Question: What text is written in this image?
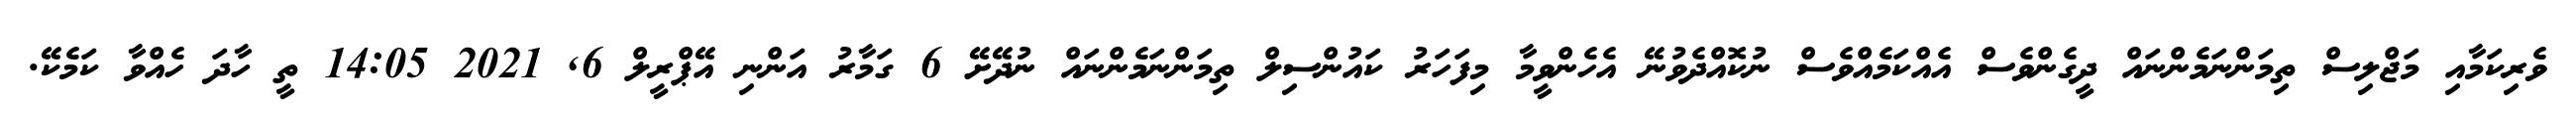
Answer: ވެރިކަމާއި މަޖްލިސް ތިމަންނަމެންނައް ދީގެންވެސް އެއްކަމެއްވެސް ނުކޮއްދެވުނޭ އެހެންވީމާ މިފަހަރު ކައުންސިލް ތިމަންނަމެންނައް ނުދޭށޭ 6 ގަމާރު އަންނި އޭޕްރީލް 6, 2021 14:05 ތީ ހާދަ ހެއްވާ ކަމެކޭ.